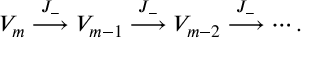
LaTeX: V _ { m } \stackrel { J _ { - } } { \longrightarrow } V _ { m - 1 } \stackrel { J _ { - } } { \longrightarrow } V _ { m - 2 } \stackrel { J _ { - } } { \longrightarrow } \cdots .